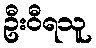
ဦးဝီရသူ